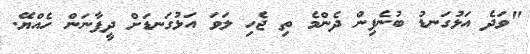
"ވަދެ އަޅުގަނޑު ބުނެފިން ދެންމެ ތި ޖެހި ލަވަ އަޅުގަނޑަށް ދީފާނަން ހެއްޔޭ.